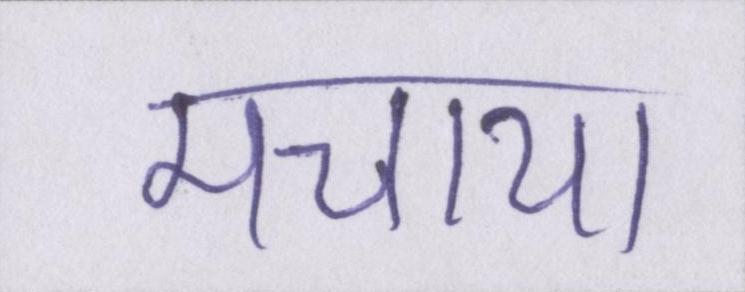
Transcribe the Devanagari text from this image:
मचाया